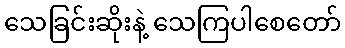
သေခြင်းဆိုးနဲ့ သေကြပါစေတော်